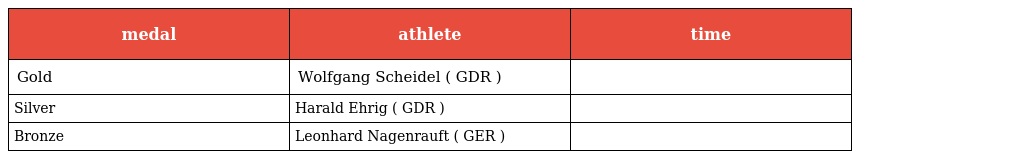
| medal | athlete | time |
 | --- | --- | --- |
 | Gold | Wolfgang Scheidel ( GDR ) |  |
 | Silver | Harald Ehrig ( GDR ) |  |
 | Bronze | Leonhard Nagenrauft ( GER ) |  |